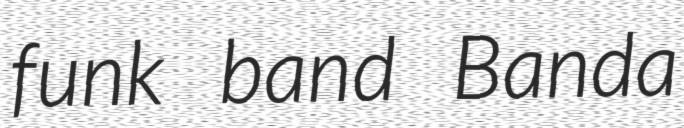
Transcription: funk band Banda